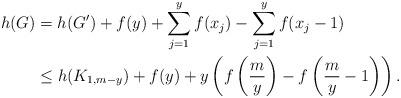
LaTeX: \begin{align*} h(G)&=h(G')+f(y)+\sum_{j=1}^y f(x_j) -\sum_{j=1}^y f(x_j-1) \\ &\le h(K_{1,m-y}) +f(y) + y\left( f\left( \frac{m}{y} \right) - f\left( \frac{m}{y}-1 \right) \right). \end{align*}